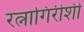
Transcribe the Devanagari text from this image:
रत्नागिरीशी